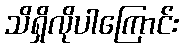
သိရှိလိုပါကြောင်း